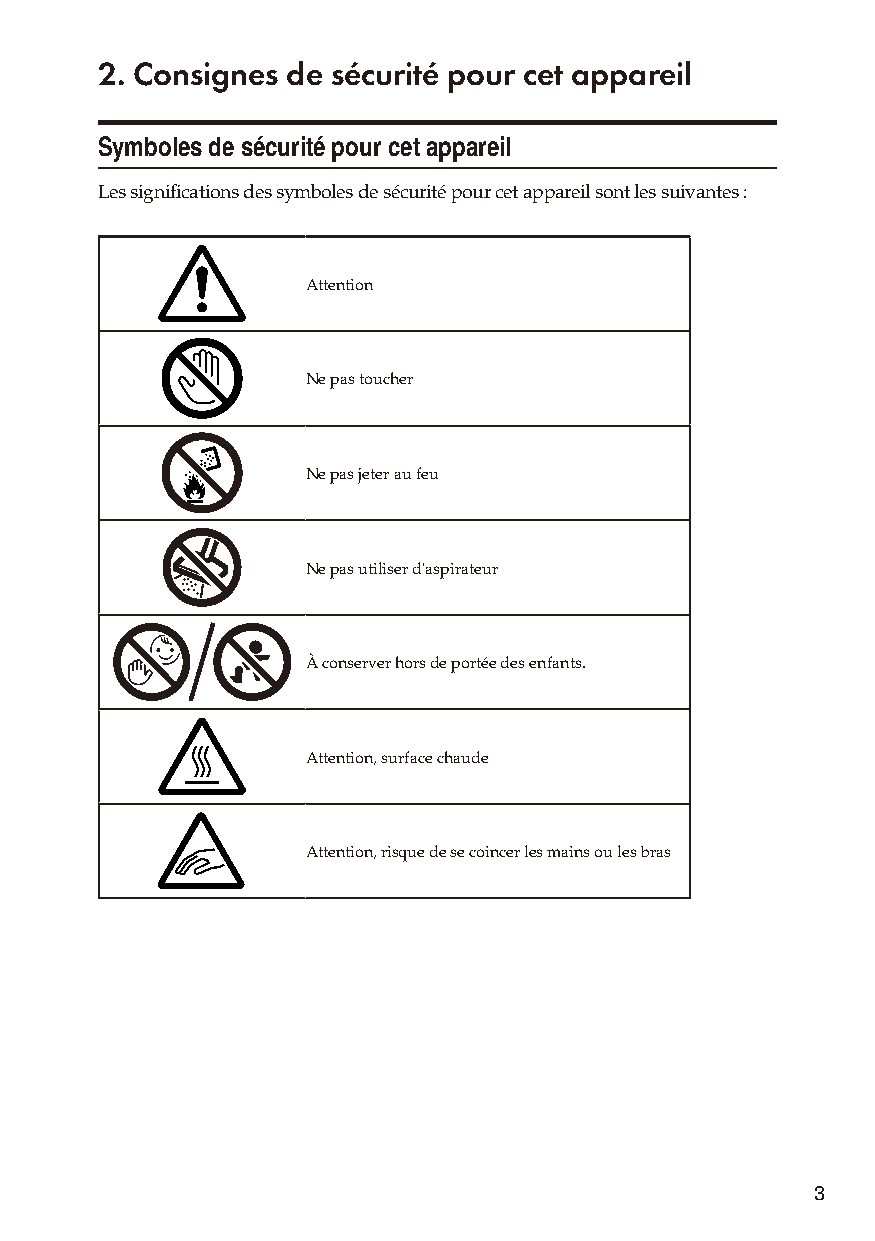
2. Consignes de sécurité pour cet appareil
 Symboles de sécurité pour cet appareil
 Les significations des symboles de sécurité pour cet appareil sont les suivantes :
 Attention
 Ne pas toucher
 Ne pas jeter au feu
 Ne pas utiliser d'aspirateur
 À conserver hors de portée des enfants.
 Attention, surface chaude
 Attention, risque de se coincer les mains ou les bras
 3